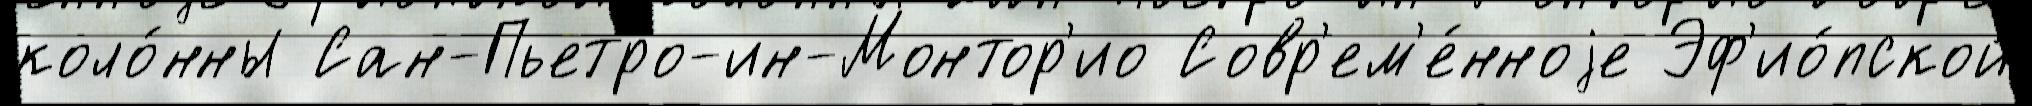
коло́нны Сан-Пьетро-ин-Монтор'ио Совр'ем'е́нноjе Эф'ио́пской